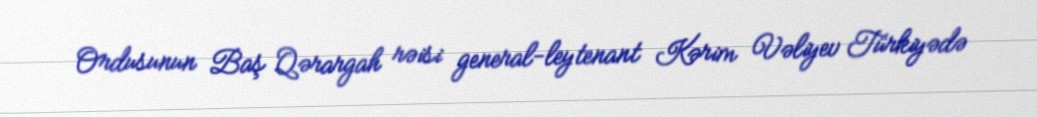
Ordusunun Baş Qərargah rəisi general-leytenant Kərim Vəliyev Türkiyədə